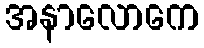
အနာလောကေ